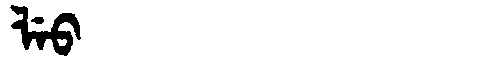
Manchu: ᠯᡝᠣ
Romanization: LEO